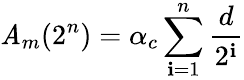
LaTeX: \mathit{A}_{m}(2^{n})=\alpha_{c}\sum_{\mathbf{i}=1}^{n}\frac{{d}}{{2^{\mathbf{i}}}}